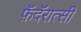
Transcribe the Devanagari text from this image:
फ़ॅदॅरात्सी